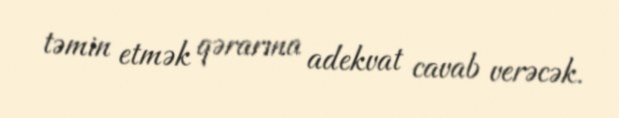
təmin etmək qərarına adekvat cavab verəcək.